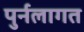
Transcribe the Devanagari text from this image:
पुर्नलागत